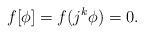
\begin{align*}f[\phi] = f(j^k\phi) = 0.\end{align*}